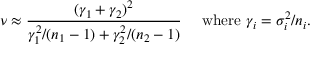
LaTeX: \nu \approx { \frac { ( \gamma _ { 1 } + \gamma _ { 2 } ) ^ { 2 } } { \gamma _ { 1 } ^ { 2 } / ( n _ { 1 } - 1 ) + \gamma _ { 2 } ^ { 2 } / ( n _ { 2 } - 1 ) } } \quad { \mathrm { ~ w h e r e ~ } } \gamma _ { i } = \sigma _ { i } ^ { 2 } / n _ { i } .